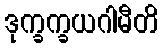
ဒုက္ခက္ခယဂါမီတိ